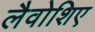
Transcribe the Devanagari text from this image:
लैवोशिए